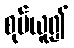
စုပ်ယူ၍